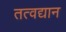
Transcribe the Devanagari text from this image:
तत्वद्यान